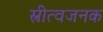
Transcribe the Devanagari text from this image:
स्त्रीत्वजनक